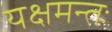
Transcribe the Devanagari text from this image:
यक्षमन्तः